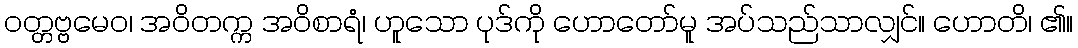
ဝတ္တဗ္ဗမေဝ၊ အဝိတက္က အဝိစာရံ၊ ဟူသော ပုဒ်ကို ဟောတော်မူ အပ်သည်သာလျှင်။ ဟောတိ၊ ၏။